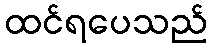
ထင်ရပေသည်